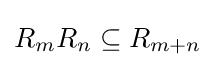
R_{m}R_{n}\subseteq R_{m+n}